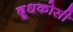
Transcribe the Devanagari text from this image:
दूधकोसी